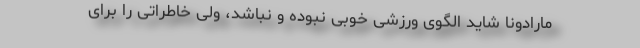
مارادونا شاید الگوی ورزشی خوبی نبوده و نباشد، ولی خاطراتی را برای